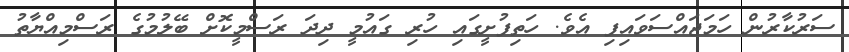
ސަރުކާރުން ހަމަޖައްސަވައިފި އެވެ. ހަތިފުށީގައި ހުރި ގައުމީ ދިދަ ރަސްމީކޮށް ބޭލުމުގެ ރަސްމިއްޔާތު